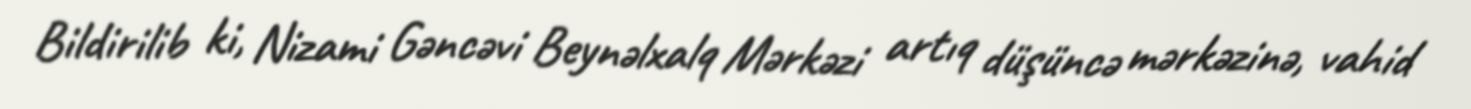
Bildirilib ki, Nizami Gəncəvi Beynəlxalq Mərkəzi artıq düşüncə mərkəzinə, vahid